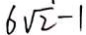
6 \sqrt { 2 } - 1